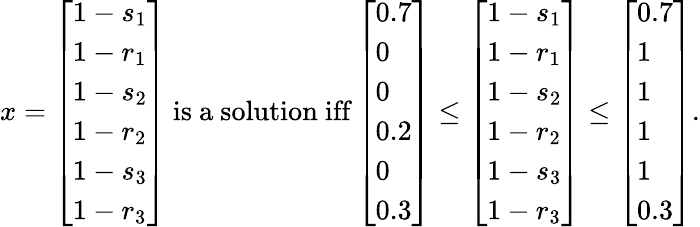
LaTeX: \begin{array}{r}{x=\left[\begin{array}{l}{1-s_{1}}\\ {1-r_{1}}\\ {1-s_{2}}\\ {1-r_{2}}\\ {1-s_{3}}\\ {1-r_{3}}\end{array}\right]\mathrm{~is~a~solution~iff}\left[\begin{array}{l}{0.7}\\ {0}\\ {0}\\ {0.2}\\ {0}\\ {0.3}\end{array}\right]\leq\left[\begin{array}{l}{1-s_{1}}\\ {1-r_{1}}\\ {1-s_{2}}\\ {1-r_{2}}\\ {1-s_{3}}\\ {1-r_{3}}\end{array}\right]\leq\left[\begin{array}{l}{0.7}\\ {1}\\ {1}\\ {1}\\ {1}\\ {0.3}\end{array}\right].}\end{array}